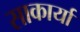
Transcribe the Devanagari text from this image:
साकार्या